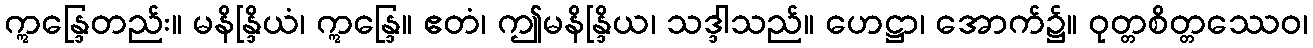
ဣန္ဒြေတည်း။ မနိန္ဒြိယံ၊ ဣန္ဒြေ။ ဧတံ၊ ဤမနိန္ဒြိယ၊ သဒ္ဒါသည်။ ဟေဋ္ဌာ၊ အောက်၌။ ဝုတ္တစိတ္တဿေဝ၊